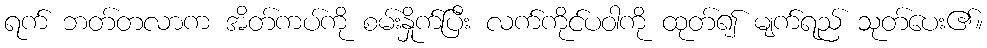
ရက် ဘတ်တလာက အိတ်ကပ်ကို စမ်းနှိုက်ပြီး လက်ကိုင်ပဝါကို ထုတ်၍ မျက်ရည် သုတ်ပေး၏။